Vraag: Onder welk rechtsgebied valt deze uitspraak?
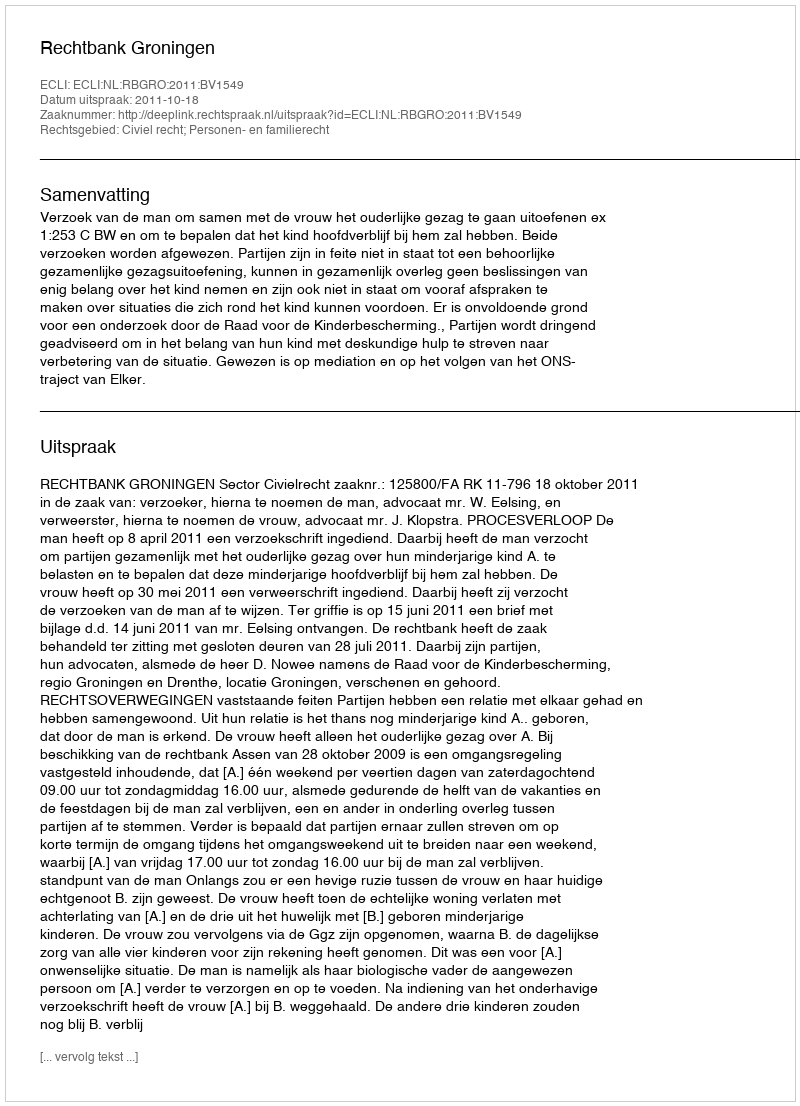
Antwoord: Civiel recht; Personen- en familierecht